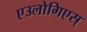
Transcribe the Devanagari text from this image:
एउलोगिएस्